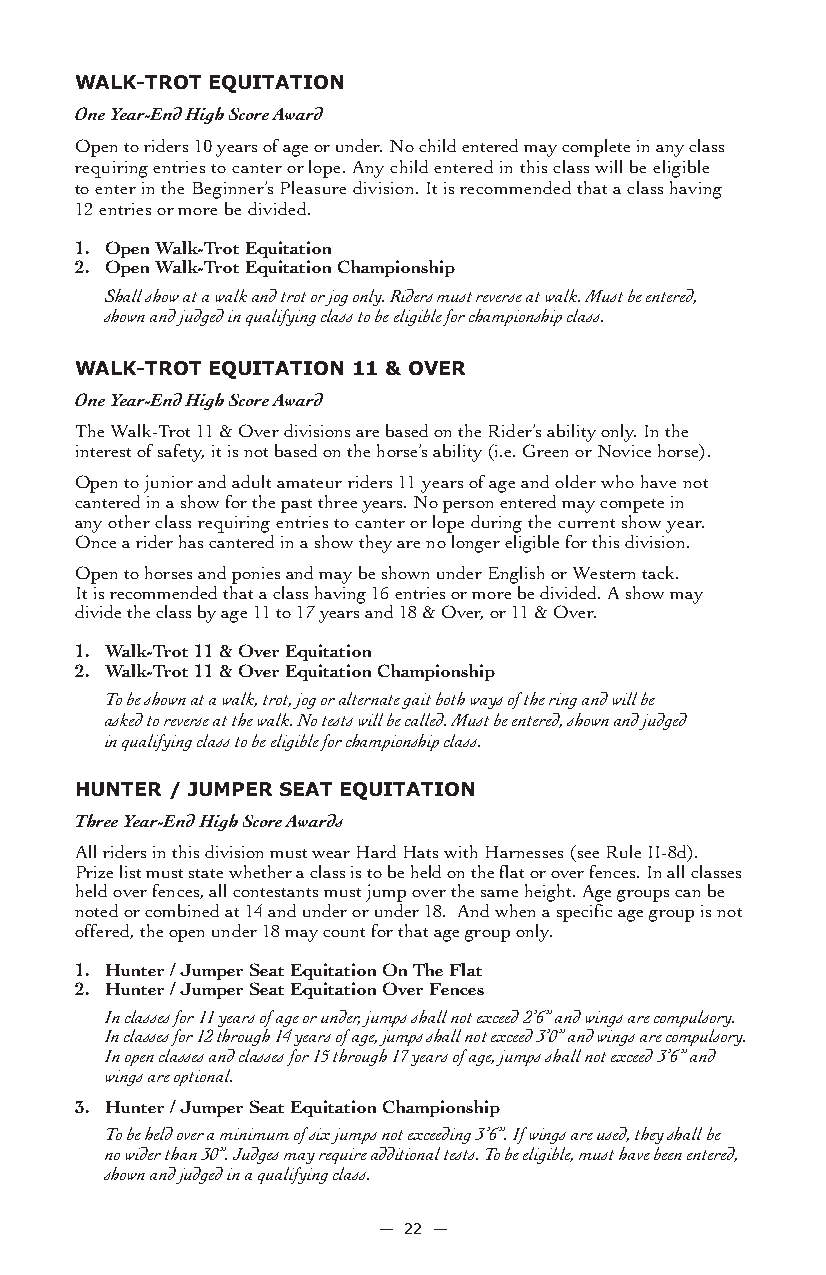
WaLK-TroT eQUiTaTion
 One Year-End High Score Award
 Open to riders 10 years of age or under. No child entered may complete in any class
 requiring entries to canter or lope. Any child entered in this class will be eligible
 to enter in the Beginner’s Pleasure division. It is recommended that a class having
 12 entries or more be divided.
 1. Open Walk-Trot Equitation
 2. Open Walk-Trot Equitation Championship
 Shall show at a walk and trot or jog only. Riders must reverse at walk. Must be entered,
 shown and judged in qualifying class to be eligible for championship class.
 WaLK-TroT eQUiTaTion 11 & oVer
 One Year-End High Score Award
 The Walk-Trot 11 & Over divisions are based on the Rider’s ability only. In the
 interest of safety, it is not based on the horse’s ability (i.e. Green or Novice horse).
 Open to junior and adult amateur riders 11 years of age and older who have not
 cantered in a show for the past three years. No person entered may compete in
 any other class requiring entries to canter or lope during the current show year.
 Once a rider has cantered in a show they are no longer eligible for this division.
 Open to horses and ponies and may be shown under English or Western tack.
 It is recommended that a class having 16 entries or more be divided. A show may
 divide the class by age 11 to 17 years and 18 & Over, or 11 & Over.
 1. Walk-Trot 11 & Over Equitation
 2. Walk-Trot 11 & Over Equitation Championship
 To be shown at a walk, trot, jog or alternate gait both ways of the ring and will be
 asked to reverse at the walk. No tests will be called. Must be entered, shown and judged
 in qualifying class to be eligible for championship class.
 HUnTer / JUMPer seaT eQUiTaTion
 Three Year-End High Score Awards
 All riders in this division must wear Hard Hats with Harnesses (see Rule II-8d).
 Prize list must state whether a class is to be held on the flat or over fences. In all classes
 held over fences, all contestants must jump over the same height. Age groups can be
 noted or combined at 14 and under or under 18. And when a specific age group is not
 offered, the open under 18 may count for that age group only.
 1. Hunter / Jumper Seat Equitation On The Flat
 2. Hunter / Jumper Seat Equitation Over Fences
 In classes for 11 years of age or under, jumps shall not exceed 2’6” and wings are compulsory.
 In classes for 12 through 14 years of age, jumps shall not exceed 3’0” and wings are compulsory.
 In open classes and classes for 15 through 17 years of age, jumps shall not exceed 3’6” and
 wings are optional.
 3. Hunter / Jumper Seat Equitation Championship
 To be held over a minimum of six jumps not exceeding 3’6”. If wings are used, they shall be
 no wider than 30”. Judges may require additional tests. To be eligible, must have been entered,
 shown and judged in a qualifying class.
 — 22 —